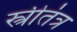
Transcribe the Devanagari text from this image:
स्त्रीतंत्र